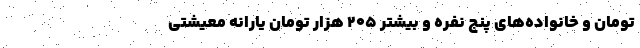
تومان و خانواده‌های پنج نفره و بیشتر ۲۰۵ هزار تومان یارانه معیشتی